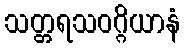
သတ္တရသဝဂ္ဂိယာနံ